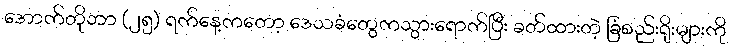
အောက်တိုဘာ (၂၅) ရက်နေ့ကတော့ ဒေသခံတွေကသွားရောက်ပြီး ခတ်ထားတဲ့ ခြံစည်းရိုးများကို